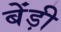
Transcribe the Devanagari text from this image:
बेंड़ी